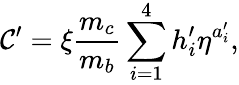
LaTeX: \mathcal{C}^{\prime}=\xi{\frac{{m_{c}}}{{m_{b}}}}\sum_{i=1}^{4}h_{i}^{\prime}\eta^{a_{i}^{\prime}},